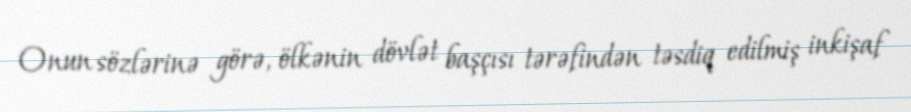
Onun sözlərinə görə, ölkənin dövlət başçısı tərəfindən təsdiq edilmiş inkişaf